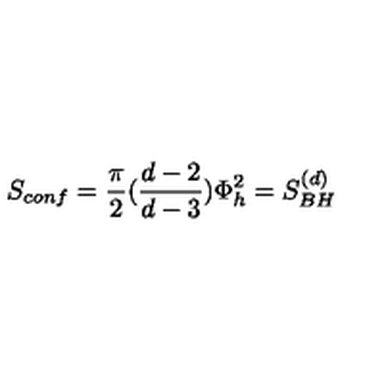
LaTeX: S _ { c o n f } = { \frac { \pi } { 2 } } ( { \frac { d - 2 } { d - 3 } } ) \Phi _ { h } ^ { 2 } = S _ { B H } ^ { ( d ) }